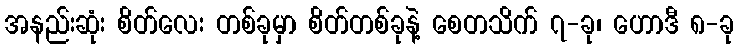
အနည်းဆုံး စိတ်လေး တစ်ခုမှာ စိတ်တစ်ခုနဲ့ စေတသိက် ၇-ခု၊ ဟောဒီ ၈-ခု